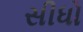
સીધો